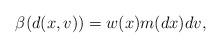
LaTeX: \begin{align*}\beta(d(x,v))=w(x)m(dx)dv,\end{align*}